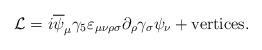
LaTeX: \begin{align*}{\cal L}=i\overline{\psi }_{\mu }\gamma _{5}\varepsilon _{\mu \nu \rho\sigma }\partial _{\rho }\gamma _{\sigma }\psi _{\nu }+{\rm vertices.}\end{align*}